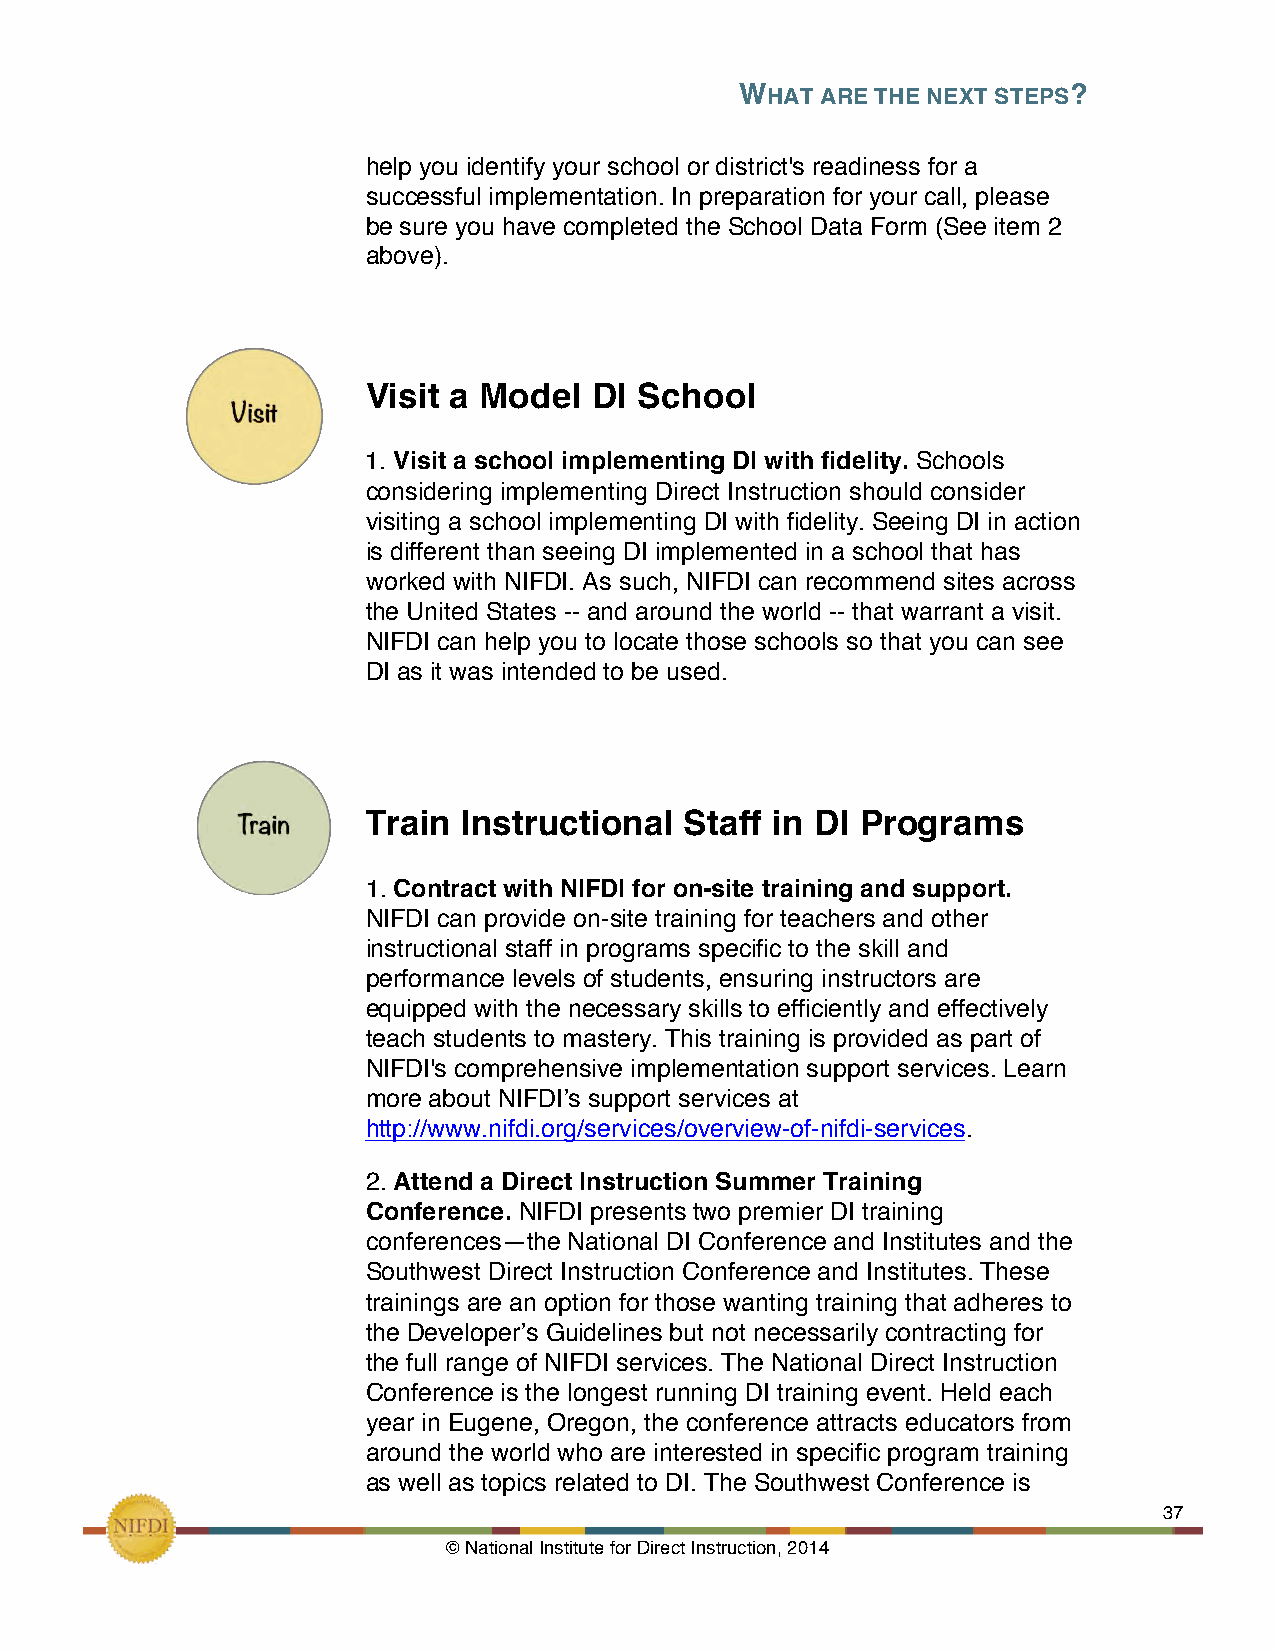
WHAT ARE THE NEXT STEPS?
 !
 help you identify your school or district's readiness for a
 successful implementation. In preparation for your call, please
 be sure you have completed the School Data Form (See item 2
 above).
 Visit a Model  DI School
 1. Visit a school implementing DI with fidelity. Schools
 considering implementing Direct Instruction should consider
 visiting a school implementing DI with fidelity. Seeing DI in action
 is different than seeing DI implemented in a school that has
 worked with NIFDI. As such, NIFDI can recommend sites across
 the United States -- and around the world -- that warrant a visit.
 NIFDI can help you to locate those schools so that you can see
 DI as it was intended to be used.
 Train  Instructional Staff in DI Programs
 1. Contract with NIFDI for on-site training and support.
 NIFDI can provide on-site training for teachers and other
 instructional staff in programs specific to the skill and
 performance levels of students, ensuring instructors are
 equipped with the necessary skills to efficiently and effectively
 teach students to mastery. This training is provided as part of
 NIFDI's comprehensive implementation support services. Learn
 more about NIFDI’s support services at
 http://www.nifdi.org/services/overview-of-nifdi-services.
 2. Attend a Direct Instruction Summer Training
 Conference. NIFDI presents two premier DI training
 conferences—the National DI Conference and Institutes and the
 Southwest Direct Instruction Conference and Institutes. These
 trainings are an option for those wanting training that adheres to
 the Developer’s Guidelines but not necessarily contracting for
 the full range of NIFDI services. The National Direct Instruction
 Conference is the longest running DI training event. Held each
 year in Eugene, Oregon, the conference attracts educators from
 around the world who are interested in specific program training
 as well as topics related to DI. The Southwest Conference is
 !                                                             37
 © National Institute for Direct Instruction, 2014!